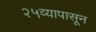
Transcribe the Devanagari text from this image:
२५व्यापासून